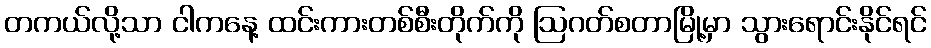
တကယ်လို့သာ ငါကနေ့ ထင်းကားတစ်စီးတိုက်ကို ဩဂတ်စတာမြို့မှာ သွားရောင်းနိုင်ရင်